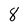
Character: 8